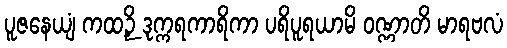
ပူဇနေယျံ ကထဉှိ ဒုက္ကရကာရိကာ ပရိပူရယာမိ ဝဏ္ဏာတိ မာရဗလံ